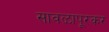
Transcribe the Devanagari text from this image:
सावळापूरकर